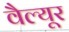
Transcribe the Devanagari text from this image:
वैल्यूर